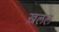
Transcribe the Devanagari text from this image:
ख़लल